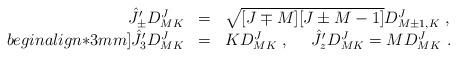
LaTeX: \begin{align*}\begin{array}{rcl}\hat{J}_\pm^\prime D^{J}_{MK}&=&\sqrt{[J\mp M][J\pm M-1]}D^{J}_{M\pm 1,K}~,\\begin{align*}3mm]\hat{J}_3^\prime D^{J}_{MK}&=&K D^{J}_{MK}~, ~~~~\hat{J}_z^\prime D^{J}_{MK}=M D^{J}_{MK}~.\end{array}\end{align*}